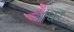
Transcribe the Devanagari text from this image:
आंधर